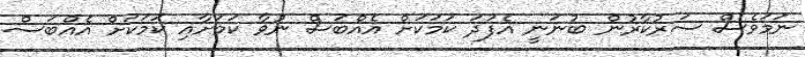
ނަމަވެސް ސަރުކާރުން ބުނަނީ އެފަދަ ކަމަކަށް އެއްބަސް ނުވާ ކަމަށާއި ކަމަކަށް އެއްބަސް